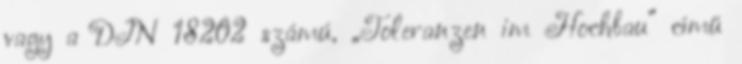
vagy a DIN 18202 számú, „Toleranzen im Hochbau” című